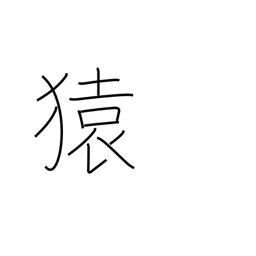
Meaning: monkey